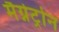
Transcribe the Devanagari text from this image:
मैग्नेट्रोन